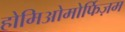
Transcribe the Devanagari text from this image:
होमिओमोर्फिज़म